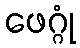
ဖေဂ္ဂုံ